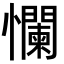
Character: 㦨